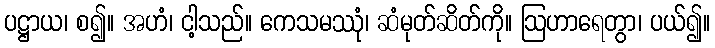
ပဋ္ဌာယ၊ စ၍။ အဟံ၊ ငါ့သည်။ ကေသမဿုံ၊ ဆံမုတ်ဆိတ်ကို။ ဩဟာရေတွာ၊ ပယ်၍။